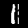
Digit: 1